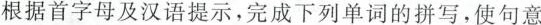
根据首字母及汉语提示,完成下列单词的拼写,使句意